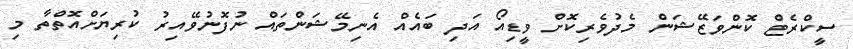
ސީކްރެޓް ކޮންވަޒޭޝަން މެދުވެރިކޮށް ވީޑިއޯ އަދި ބައެއް އެނިމޭޝަންތައް ނުފޮނުވޭއިރު ކުރިޔަށްއޮތްތާ މި